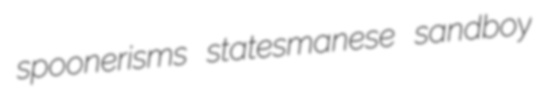
spoonerisms statesmanese sandboy